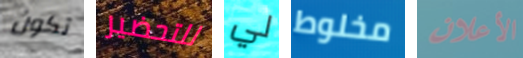
تكون للتحضير لي مخلوط الأعلان